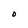
Character: O